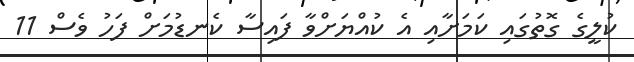
ކުލީގެ ގޮތުގައި ކަމަށާއި އެ ކުއްޔަށްވާ ފައިސާ ކެނޑުމަށް ފަހު ވެސް 11